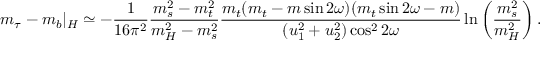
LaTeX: m _ { \tau } - m _ { b } | _ { H } \simeq - \frac { 1 } { 1 6 \pi ^ { 2 } } \frac { m _ { s } ^ { 2 } - m _ { t } ^ { 2 } } { m _ { H } ^ { 2 } - m _ { s } ^ { 2 } } \frac { m _ { t } ( m _ { t } - m \sin 2 \omega ) ( m _ { t } \sin 2 \omega - m ) } { ( u _ { 1 } ^ { 2 } + u _ { 2 } ^ { 2 } ) \cos ^ { 2 } 2 \omega } \ln \left( \frac { m _ { s } ^ { 2 } } { m _ { H } ^ { 2 } } \right) .